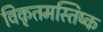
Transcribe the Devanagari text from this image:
विकृतमस्तिष्क